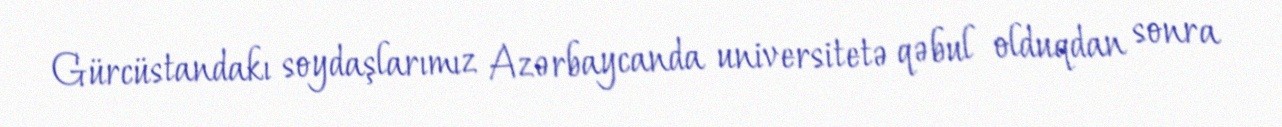
Gürcüstandakı soydaşlarımız Azərbaycanda universitetə qəbul olduqdan sonra